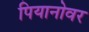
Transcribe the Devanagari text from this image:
पियानोवर